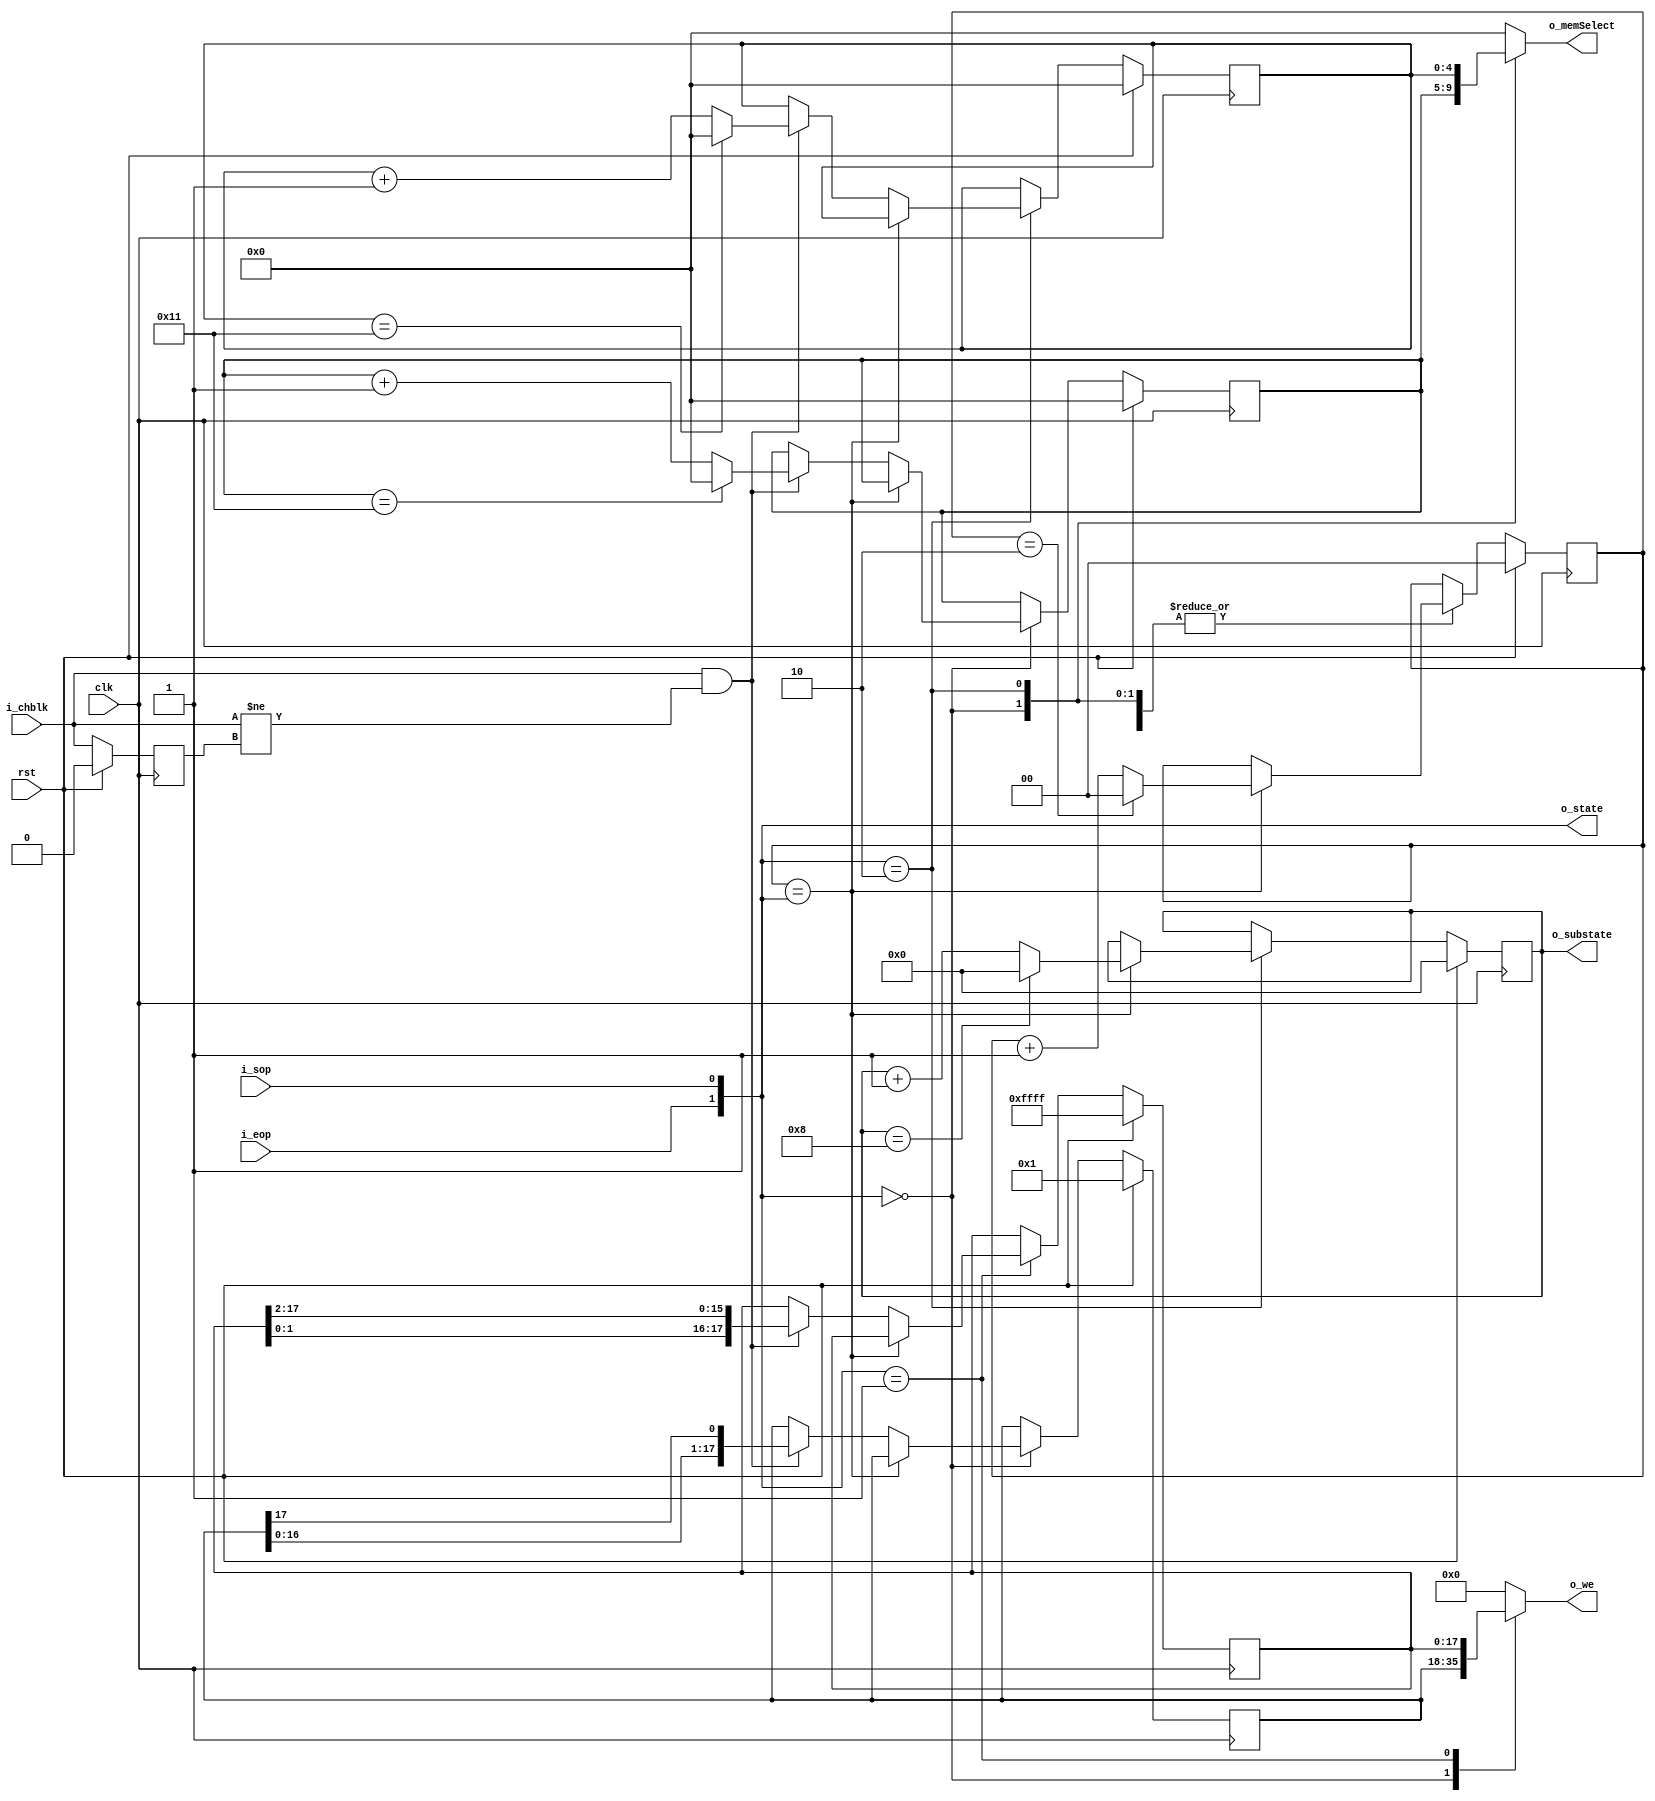
module MCU_CTRL
    #(
      parameter N = 16,
      parameter STATES = 3,
      localparam LOAD = 2'b00,
      localparam PROC = 2'b01,
      localparam OUT = 2'b10,
      localparam SUB = N/2 + 1 //para N par, numero de estados de direccionamiento de memoria
      )(
        input                          i_sop, i_eop, clk, rst, i_chblk,

        output reg [N+1:0]             o_we,
        output [clog2(STATES-1)-1:0]    o_state,
        output [clog2(SUB-1) - 1:0]     o_substate,
        output reg [clog2(N+1) - 1:0] o_memSelect
        );
    
    
    reg [N+1:0]                        we_rw_status;
    reg [N+1:0]                        we_proc_status;
    reg [clog2(N+1) - 1:0]            memSelect_load, memSelect_out;
    reg [clog2(SUB-1) - 1:0]            substate;
    reg [clog2(STATES-1)-1:0]           state;
    reg [clog2(STATES-1)-1:0]           next_state;
    reg                                chblk;
    
    assign o_state = state;
    assign o_substate = substate;
    
    always @ (posedge clk) begin
        if(rst) begin
            substate <= {clog2(SUB-1){1'b0}};
            next_state <= {clog2(STATES-1){1'b0}};
            memSelect_load <= {clog2(N+1){1'b0}};
            memSelect_out <= {clog2(N+1){1'b0}};
            we_rw_status <= {{(N+1){1'b0}}, 1'b1};
            we_proc_status <= {2'b00, {N{1'b1}}};
            chblk <= 1'b0;
        end
        else begin
            chblk <= i_chblk;
            case(state)
                LOAD: begin // LOAD
                    if(next_state == state) begin
                        next_state <= (next_state == STATES - 1) ? {clog2(STATES-1){1'b0}} : next_state + 1;
                    end
                    else begin
                        if(i_chblk && (i_chblk != chblk)) begin
                            we_rw_status <= {we_rw_status[N:0], we_rw_status[N+1]};
                            memSelect_load <= (memSelect_load == N + 1) ? {clog2(N+1){1'b0}} : memSelect_load + 1;
                        end
                    end
                end
                PROC: begin
                    if(next_state == state) begin
                        next_state <= (next_state == STATES  - 1) ? {clog2(STATES-1){1'b0}} : next_state + 1;
                   end else begin
                       if(i_chblk && (i_chblk != chblk))
                           we_proc_status <= {we_proc_status[1:0], we_proc_status[N+1:2]};
                   end
                end

                OUT: begin
                    if(next_state == state) begin
                        substate <= (substate == SUB-1) ? {clog2(SUB-1){1'b0}} : substate + 1;
                        next_state <= (next_state == STATES - 1) ? {clog2(STATES-1){1'b0}} : next_state + 1;
                    end
                    else begin
                        if(i_chblk && (i_chblk != chblk)) 
                            memSelect_out <= (memSelect_out == N + 1) ? 0 : memSelect_out + 1;
                    end
                end
            endcase
        end
    end

    always @ (*)
        state = {i_eop, i_sop};

    always @ (*) begin
        case(state)

            LOAD: begin
                o_memSelect = memSelect_load;
                o_we = we_rw_status;
            end

            PROC: begin
                o_we = we_proc_status;
                o_memSelect = {(clog2(N+1) - 1){1'b0}};
            end

            OUT: begin
                o_we = {(N+2){1'b0}};
                o_memSelect = memSelect_out;
            end

            default: begin
                o_we = {(N+2){1'b0}};
                o_memSelect = {(clog2(N+1) - 1){1'b0}};
            end
        endcase
    end

    function integer clog2;
        input integer depth;
        for (clog2=0; depth>0; clog2=clog2+1)
            depth = depth >> 1;
    endfunction

endmodule